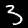
Digit: 3